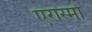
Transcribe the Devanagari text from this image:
एरास्मो